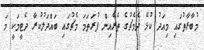
މުބާރާތުގައި މިއަދު ކުޅޭ ދެމެޗުގެ ތެރެއިން ފުރަތަމަ މެޗުގައި ބައްދަލުކުރާ ދެޓީމަކީ މަ